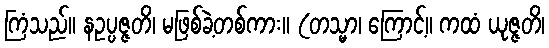
ကြံသည်။ နဥပ္ပဇ္ဇတိ၊ မဖြစ်ခဲ့တစ်ကား။ (တသ္မာ၊ ကြောင့်။ ကထံ ယုဇ္ဇတိ၊